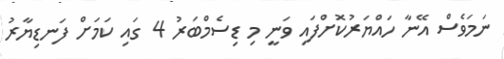
ނަމަވެސް އޭނާ ހައްޔަރުކޮށްފައި ވަނީ މި ޑިސެމްބަރު 4 ގައި ކަމަށް ފަނޑިޔާރު